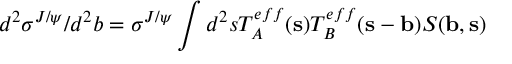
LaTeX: d ^ { 2 } \sigma ^ { J / \psi } / d ^ { 2 } b = \sigma ^ { J / \psi } \int d ^ { 2 } s T _ { A } ^ { e f f } ( { \bf s } ) T _ { B } ^ { e f f } ( { \bf s } - { \bf b } ) S ( { \bf b } , { \bf s } )